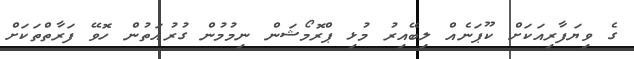
ގެ ވިޔަފާރިއަކަށް ކޫޕަނެއް ލިބޭއިރު މުޅި ޕްރޮމޯޝަން ނިމުމުން ގުރުއަތުން ހޮވޭ ފަރާތްތަކަށް